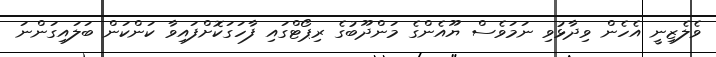
ވެލެޒިނީ އެހެން ވިދާޅުވި ނަމަވެސް ޔޫއެެންގެ މަންދޫބުގެ ރިޕޯޓްގައި ފާހަގަކޮށްފައިވާ ކަންކަން ބަލައިގަންނަ